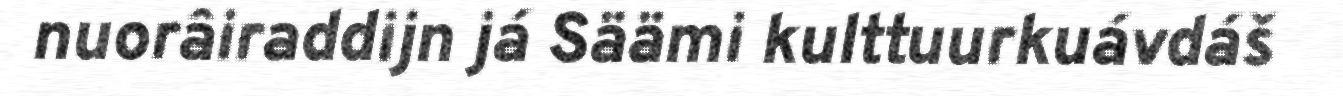
nuorâiraddijn já Säämi kulttuurkuávdáš